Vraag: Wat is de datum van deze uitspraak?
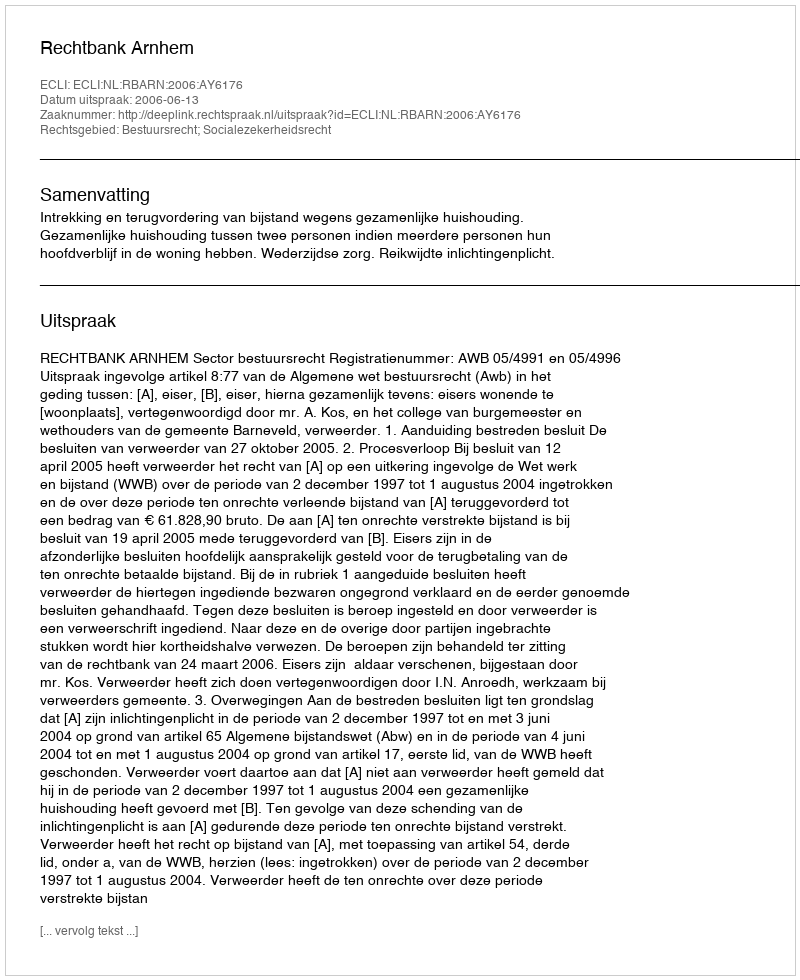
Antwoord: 2006-06-13